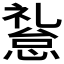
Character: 𱟅